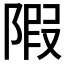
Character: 𨺽